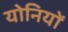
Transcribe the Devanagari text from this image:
योनियों